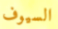
السيوف